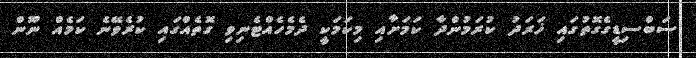
ސަބްސިޑީގެގޮތުގައި ޚަރަދު ކުރަމުންދާ ކަމަށާއި މިކަމަކީ ދެމެހެއްޓެނިވި ގޮތެއްގައި ކުރެވޭނެ ކަމެއް ނޫން